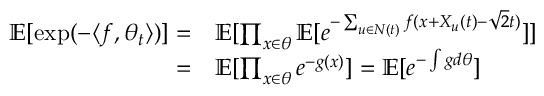
\begin{array} { r l } { \mathbb { E } [ \exp ( - \langle f , \theta _ { t } \rangle ) ] = } & { \mathbb { E } [ \prod _ { x \in \theta } \mathbb { E } [ e ^ { - \sum _ { u \in N ( t ) } f ( x + X _ { u } ( t ) - \sqrt { 2 } t ) } ] ] } \\ { = } & { \mathbb { E } [ \prod _ { x \in \theta } e ^ { - g ( x ) } ] = \mathbb { E } [ e ^ { - \int g d \theta } ] } \end{array}